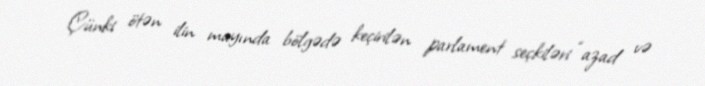
Çünki ötən ilin mayında bölgədə keçirilən parlament seçkiləri “azad və